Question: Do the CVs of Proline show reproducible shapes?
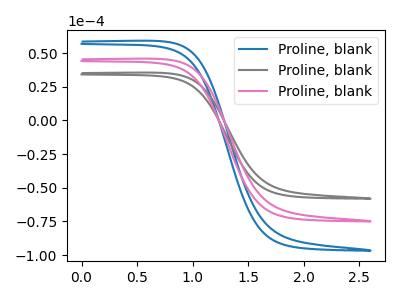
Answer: <think>The blue curve "Proline, blank1" has no peaks. The gray curve "Proline, blank2" has no peaks. The pink curve "Proline, blank3" has no peaks.
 Neither "Proline, blank1" or "Proline, blank2" have any peaks. Neither "Proline, blank1" or "Proline, blank3" have any peaks. Neither "Proline, blank2" or "Proline, blank3" have any peaks.</think>
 <answer>All the CV's of "Proline" have similar shape.</answer>
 <eval>follow_rule</eval>